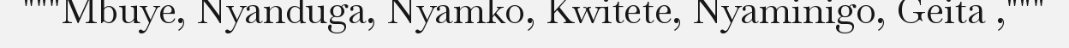
"""Mbuye, Nyanduga, Nyamko, Kwitete, Nyaminigo, Geita ,"""